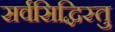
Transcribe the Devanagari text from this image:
सर्वसिद्धिस्तु